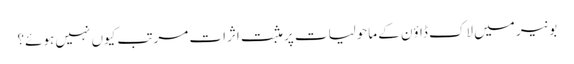
بونیر میں لاک ڈاؤن کے ماحولیات پر مثبت اثرات مرتب کیوں نہیں ہوئے؟